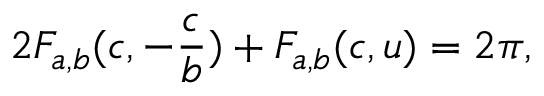
2 F _ { a , b } ( c , - \frac { c } { b } ) + F _ { a , b } ( c , u ) = 2 \pi ,